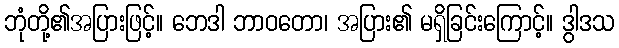
ဘုံတို့၏အပြားဖြင့်။ ဘေဒါ ဘာဝတော၊ အပြား၏ မရှိခြင်းကြောင့်။ ဒွါဒသ